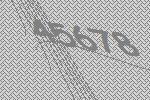
45678